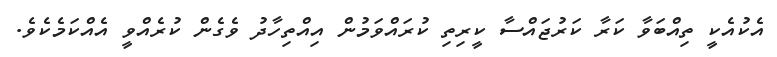
އެކުއެކީ ތިއްބަވާ ކަރާ ކަރުޖައްސާ ކީރިތި ކުރައްވަމުން އިއްތިހާދު ވެގެން ކުރެއްވީ އެއްކަމެކެވެ.